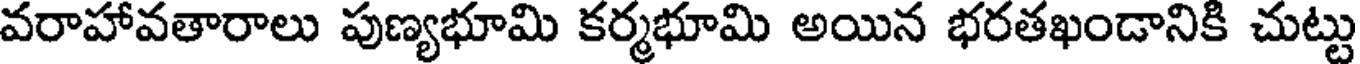
వరాహావతారాలు పుణ్యభూమి కర్మభూమి అయిన భరతఖండానికి చుట్టు